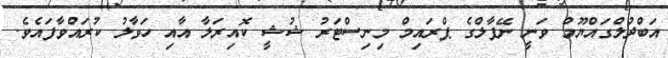
އަބްދުލްގައްޔޫމް ވަނީ ނޭޕާލްގެ ޕްރައިމް މިނިސްޓަރު ޝުޝީ ކޮއިރަލާ އާއި ހަވާލު ކުރައްވާފައެވެ.